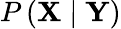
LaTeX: P\left(\mathbf{X}\mid\mathbf{Y}\right)